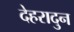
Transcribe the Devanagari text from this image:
देहरादुन